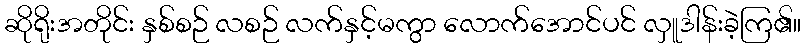
ဆိုရိုးအတိုင်း နှစ်စဉ် လစဉ် လက်နှင့်မကွာ လောက်အောင်ပင် လှူဒါန်းခဲ့ကြ၏။